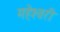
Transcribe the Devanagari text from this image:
महेश्‍वरी